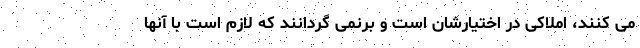
می کنند، املاکی در اختیارشان است و برنمی گردانند که لازم است با آنها